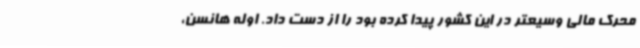
محرک مالی وسیعتر در این کشور پیدا کرده بود را از دست داد. اوله هانسن،